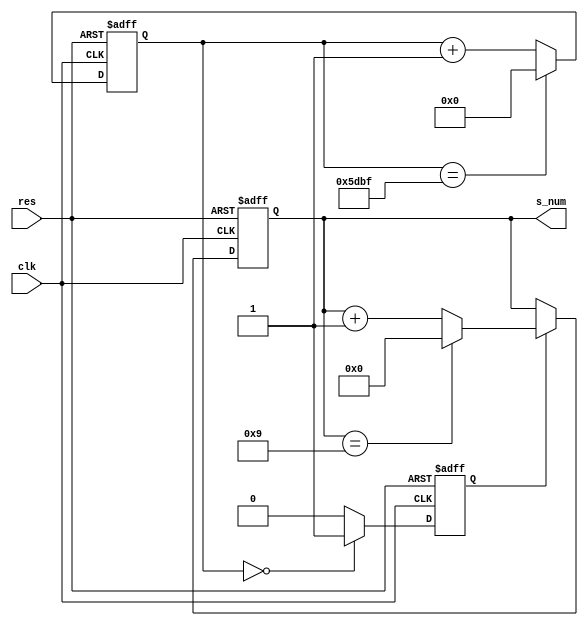
module ts_mjsq(
		clk,
		res,
		s_num
		);
input		clk;
input		res;
output[3:0]	s_num;

reg[24:0]	con_t;//
reg	s_pulse;//
reg[3:0]	s_num;

parameter	frequency_clk=24;//24MHz;

always @ (posedge clk or negedge res)
if(~res) begin
	con_t<=0;s_pulse<=0;s_num=0;
end
else begin
	//if(con_t==frequency_clk*1000000-1) begin
	if(con_t==frequency_clk*1000-1) begin

		con_t<=0;
	end
	else begin
		con_t<=con_t+1;
	end
// cont_t=01
	if(con_t==0) begin
	  s_pulse<=1;
	end
	else begin
	  s_pulse<=0;
	end
// s_pulse=11
	if(s_pulse==1)begin
		if(s_num==9)begin
		  s_num<=0;
		end
		else begin
		  s_num<=s_num+1;
		end
	end
end




endmodule